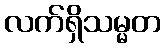
လက်ရှိသမ္မတ